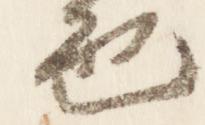
色